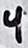
Text: 4